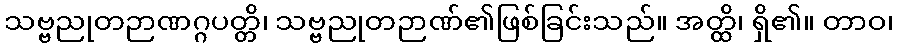
သဗ္ဗညုတဉာဏဂ္ဂပတ္တိ၊ သဗ္ဗညုတဉာဏ်၏ဖြစ်ခြင်းသည်။ အတ္ထိ၊ ရှိ၏။ တာဝ၊